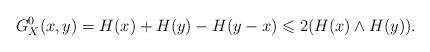
LaTeX: \begin{align*}G_X^0(x, y)=H(x)+H(y)-H(y-x)\leqslant 2 (H(x)\wedge H(y)).\end{align*}